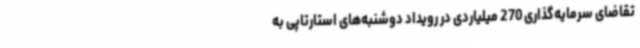
تقاضای سرمایه‌گذاری 270 میلیاردی در رویداد دوشنبه‌های استارتاپی به